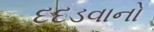
દદડવાનો